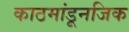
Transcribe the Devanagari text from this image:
काठमांडूनजिक